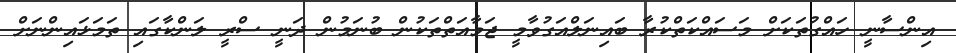
އިންސާނީ ހައްގުތަކަށް މަސައްކަތްކުރާ ބައިނަލްއަގުވާމީ ޖަމާއަތްތަކުން ބުނަމުން ދަނީ ސްރީ ލަންކާގައި ތަމަޅައިންނަށް